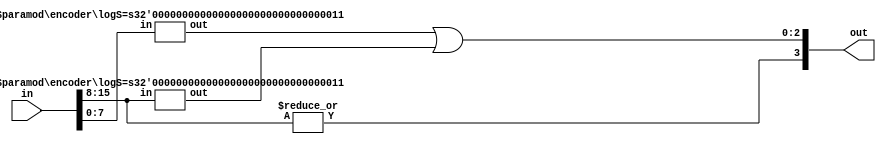
module encoder
#(
	parameter logS=4
)
(
	in,
	out
);
	
	localparam S = 2**logS;
	input [S-1:0] in;
	output [logS-1:0] out;
	
	wire [logS-1:0] out0;
	wire [logS-1:0] out1;
	
	generate 
		if(logS == 1)
		begin
			assign out = in[1];
		end
		else
		begin
			encoder 
			#(
				.logS(logS-1)
			)
			encoder0
			(
				.in(in[S/2-1:0]),
				.out(out0[logS-2:0])
			);
			
			encoder 
			#(
				.logS(logS-1)
			)
			encoder1
			(
				.in(in[S-1:S/2]),
				.out(out1[logS-2:0])
			);
			
			assign out = {|in[S-1:S/2], out0[logS-2:0]|out1[logS-2:0]};
		end
	endgenerate

endmodule